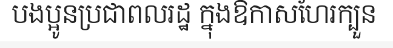
បងប្អូនប្រជាពលរដ្ឋ ក្នុងឱកាសហែរក្បួន